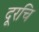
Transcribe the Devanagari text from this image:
दूरचि